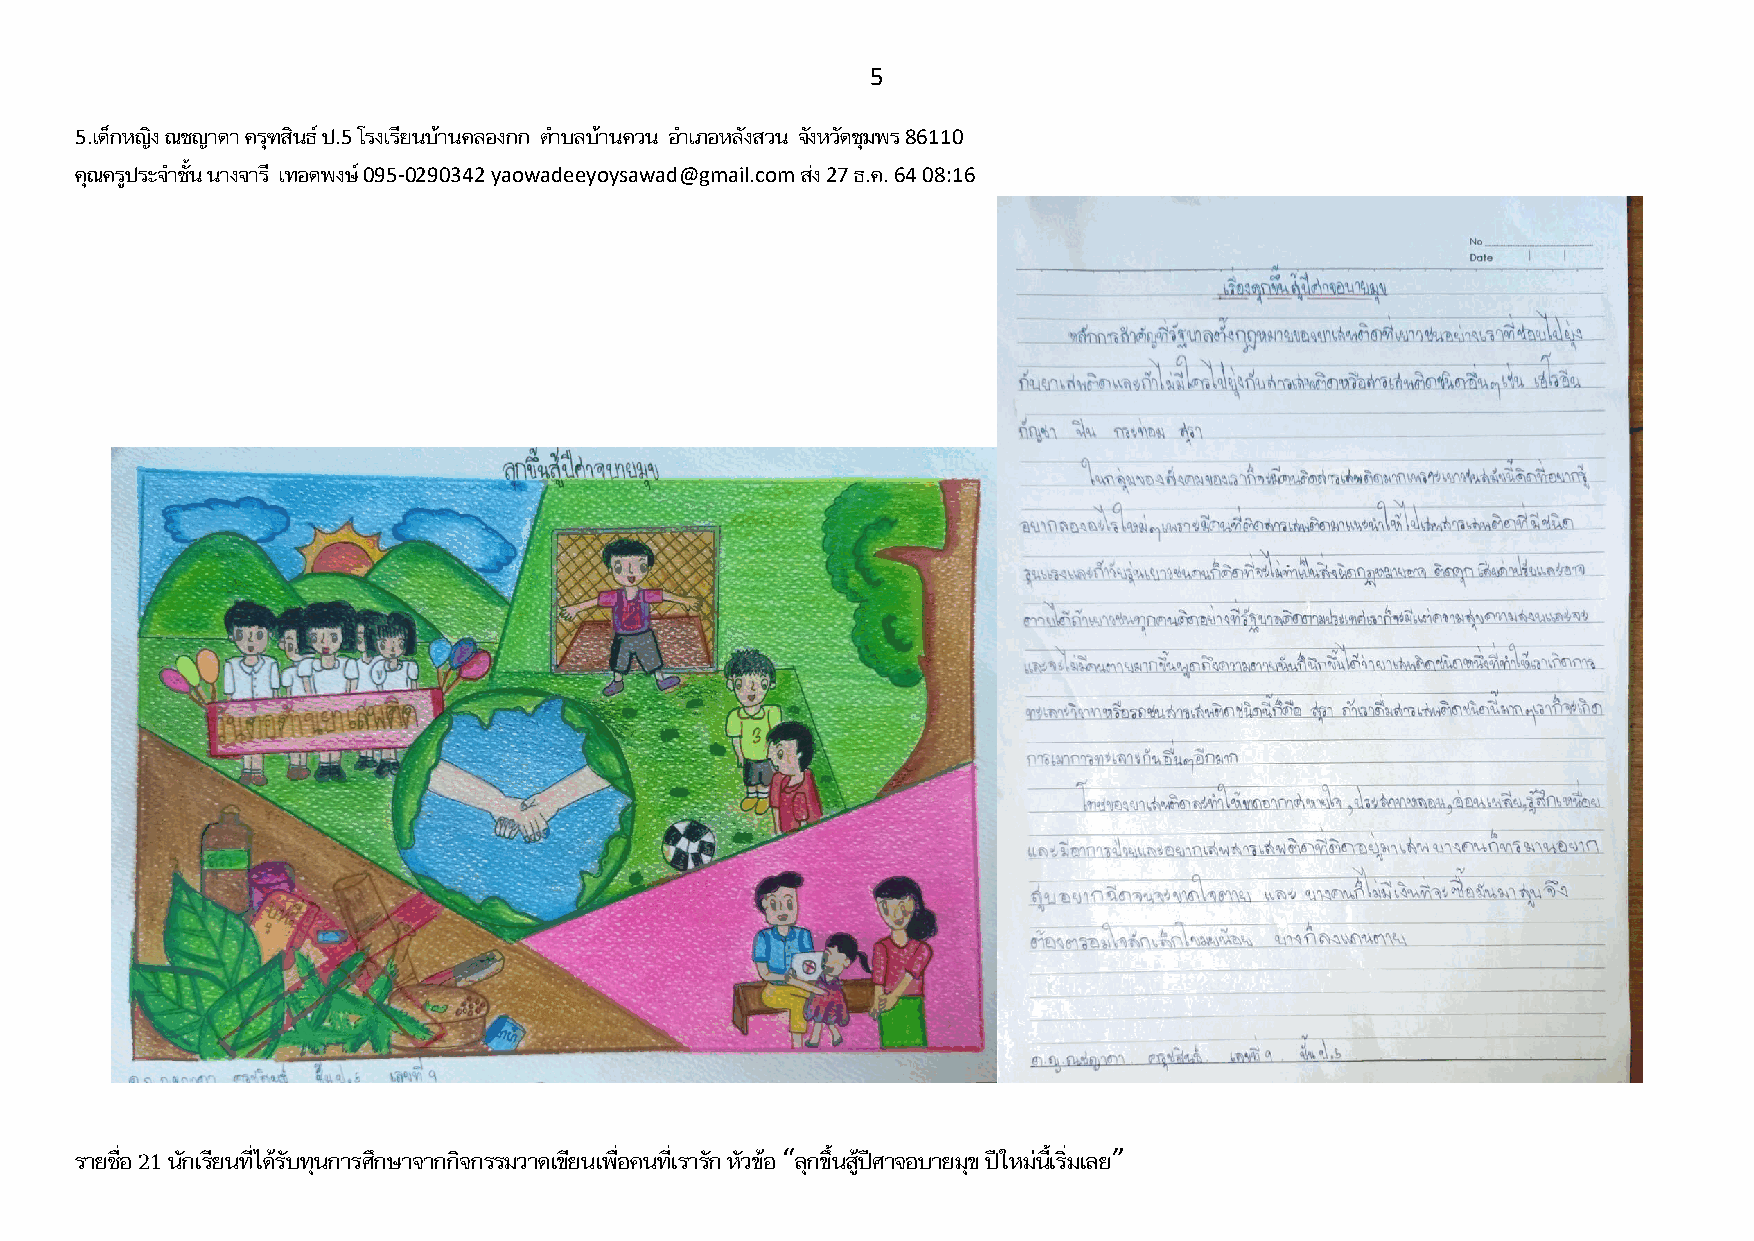
5
 5.เด็กหญิง ณชญาดา ครุฑสินธ์ ป.5 โรงเรียนบ้านคลองกก ต าบลบ้านควน อ าเภอหลังสวน จังหวัดชุมพร 86110
 คุณครูประจ าชั้น นางจารี เทอดพงษ์ 095-0290342 yaowadeeyoysawad@gmail.com ส่ง 27 ธ.ค. 64 08:16
 รายชื่อ 21 นักเรียนที่ได้รับทุนการศึกษาจากกิจกรรมวาดเขียนเพื่อคนที่เรารัก หัวข้อ “ลุกขึ้นสู้ปีศาจอบายมุข ปีใหม่นี้เริ่มเลย”